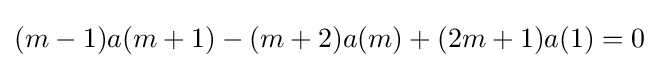
(m-1)a(m+1)-(m+2)a(m)+(2m+1)a(1)=0